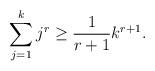
LaTeX: \begin{align*} \sum^{k}_{j=1}j^{r} \geq \frac 1{r+1}k^{r+1}.\end{align*}